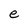
Character: e